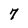
Character: 7